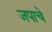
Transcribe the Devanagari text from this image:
जपाचे